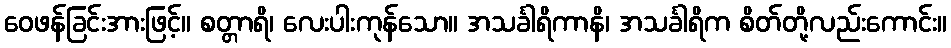
ဝေဖန်ခြင်းအားဖြင့်။ စတ္တာရိ၊ လေးပါးကုန်သော။ အသင်္ခါရိကာနိ၊ အသင်္ခါရိက စိတ်တို့လည်းကောင်း။